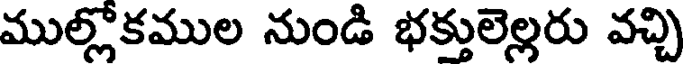
ముల్లోకముల నుండి భక్తులెల్లరు వచ్చి